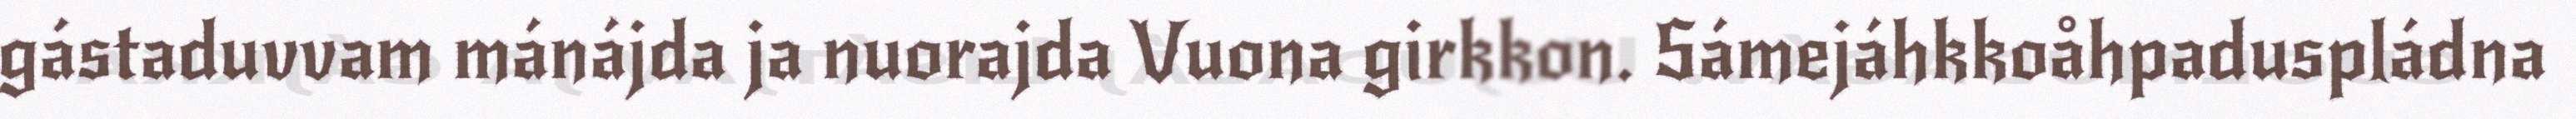
gástaduvvam mánájda ja nuorajda Vuona girkkon. Sámejáhkkoåhpaduspládna